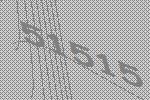
51515